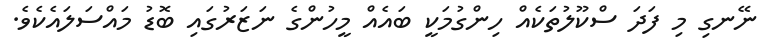
ނޭނގި މި ފަދަ ސްކޫލުތަކެއް ހިންގުމަކީ ބައެއް މީހުންގެ ނަޒަރުގައި ބޮޑު މައްސަލައެކެވެ.